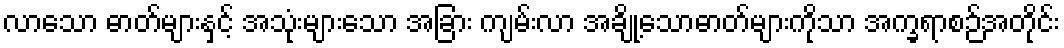
လာသော ဓာတ်များနှင့် အသုံးများသော အခြား ကျမ်းလာ အချို့သောဓာတ်များကိုသာ အက္ခရာစဉ်အတိုင်း